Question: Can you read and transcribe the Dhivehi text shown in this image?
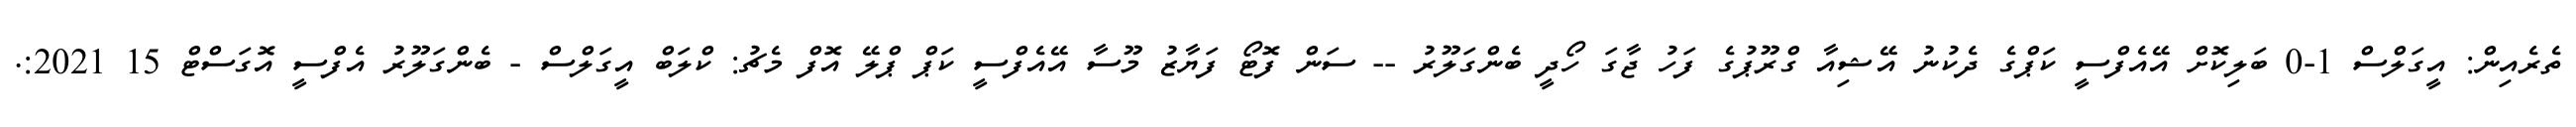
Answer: ތެރެއިން: އީގަލްސް 1-0 ބަލިކޮށް އޭއެފްސީ ކަޕްގެ ދެކުނު އޭޝިއާ ގްރޫޕުގެ ފަހު ޖާގަ ހޯދީ ބެންގަލޫރު -- ސަން ފޮޓޯ ފަޔާޒު މޫސާ އޭއެފްސީ ކަޕް ޕްލޭ އޮފް މެޗު: ކްލަބް އީގަލްސް - ބެންގަލޫރު އެފްސީ އޮގަސްޓް 15 2021:.